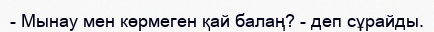
- Мынау мен көрмеген қай балаң? - деп сұрайды.